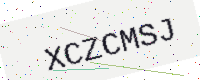
Text: XCZCMSJ